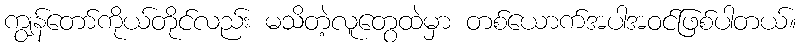
ကျွန်တော်ကိုယ်တိုင်လည်း မသိတဲ့လူတွေထဲမှာ တစ်ယောက်အပါအဝင်ဖြစ်ပါတယ်။